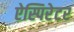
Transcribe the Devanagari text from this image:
ऐस्पिरेटर